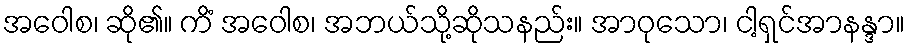
အဝေါစ၊ ဆို၏။ ကိံ အဝေါစ၊ အဘယ်သို့ဆိုသနည်း။ အာဝုသော၊ ငါ့ရှင်အာနန္ဒာ။